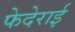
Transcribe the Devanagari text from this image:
फेदेराई